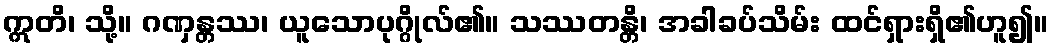
ဣတိ၊ သို့။ ဂဏှန္တဿ၊ ယူသောပုဂ္ဂိုလ်၏။ သဿတန္တိ၊ အခါခပ်သိမ်း ထင်ရှားရှိ၏ဟူ၍။